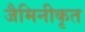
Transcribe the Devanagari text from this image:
जैमिनीकृत